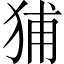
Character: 𤞨